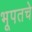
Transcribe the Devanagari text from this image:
भूपतचे